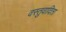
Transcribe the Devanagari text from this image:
वस्तुवादिता